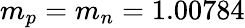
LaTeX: m_{p}=m_{n}=1.00784